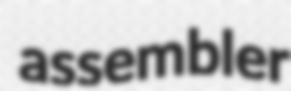
assembler